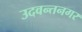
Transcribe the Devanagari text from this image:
उदवन्तनगर